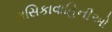
લસિકાવાહિનીઓ